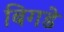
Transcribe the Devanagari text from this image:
बिगडे